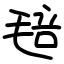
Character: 毰